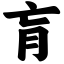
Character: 肓